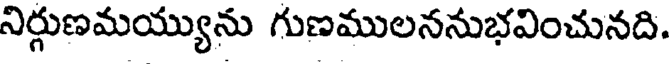
నిర్గుణమయ్యును గుణములననుభవించునది.